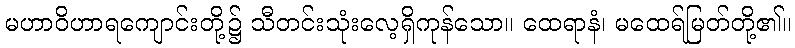
မဟာဝိဟာရကျောင်းတို့၌ သီတင်းသုံးလေ့ရှိကုန်သော။ ထေရာနံ၊ မထေရ်မြတ်တို့၏။